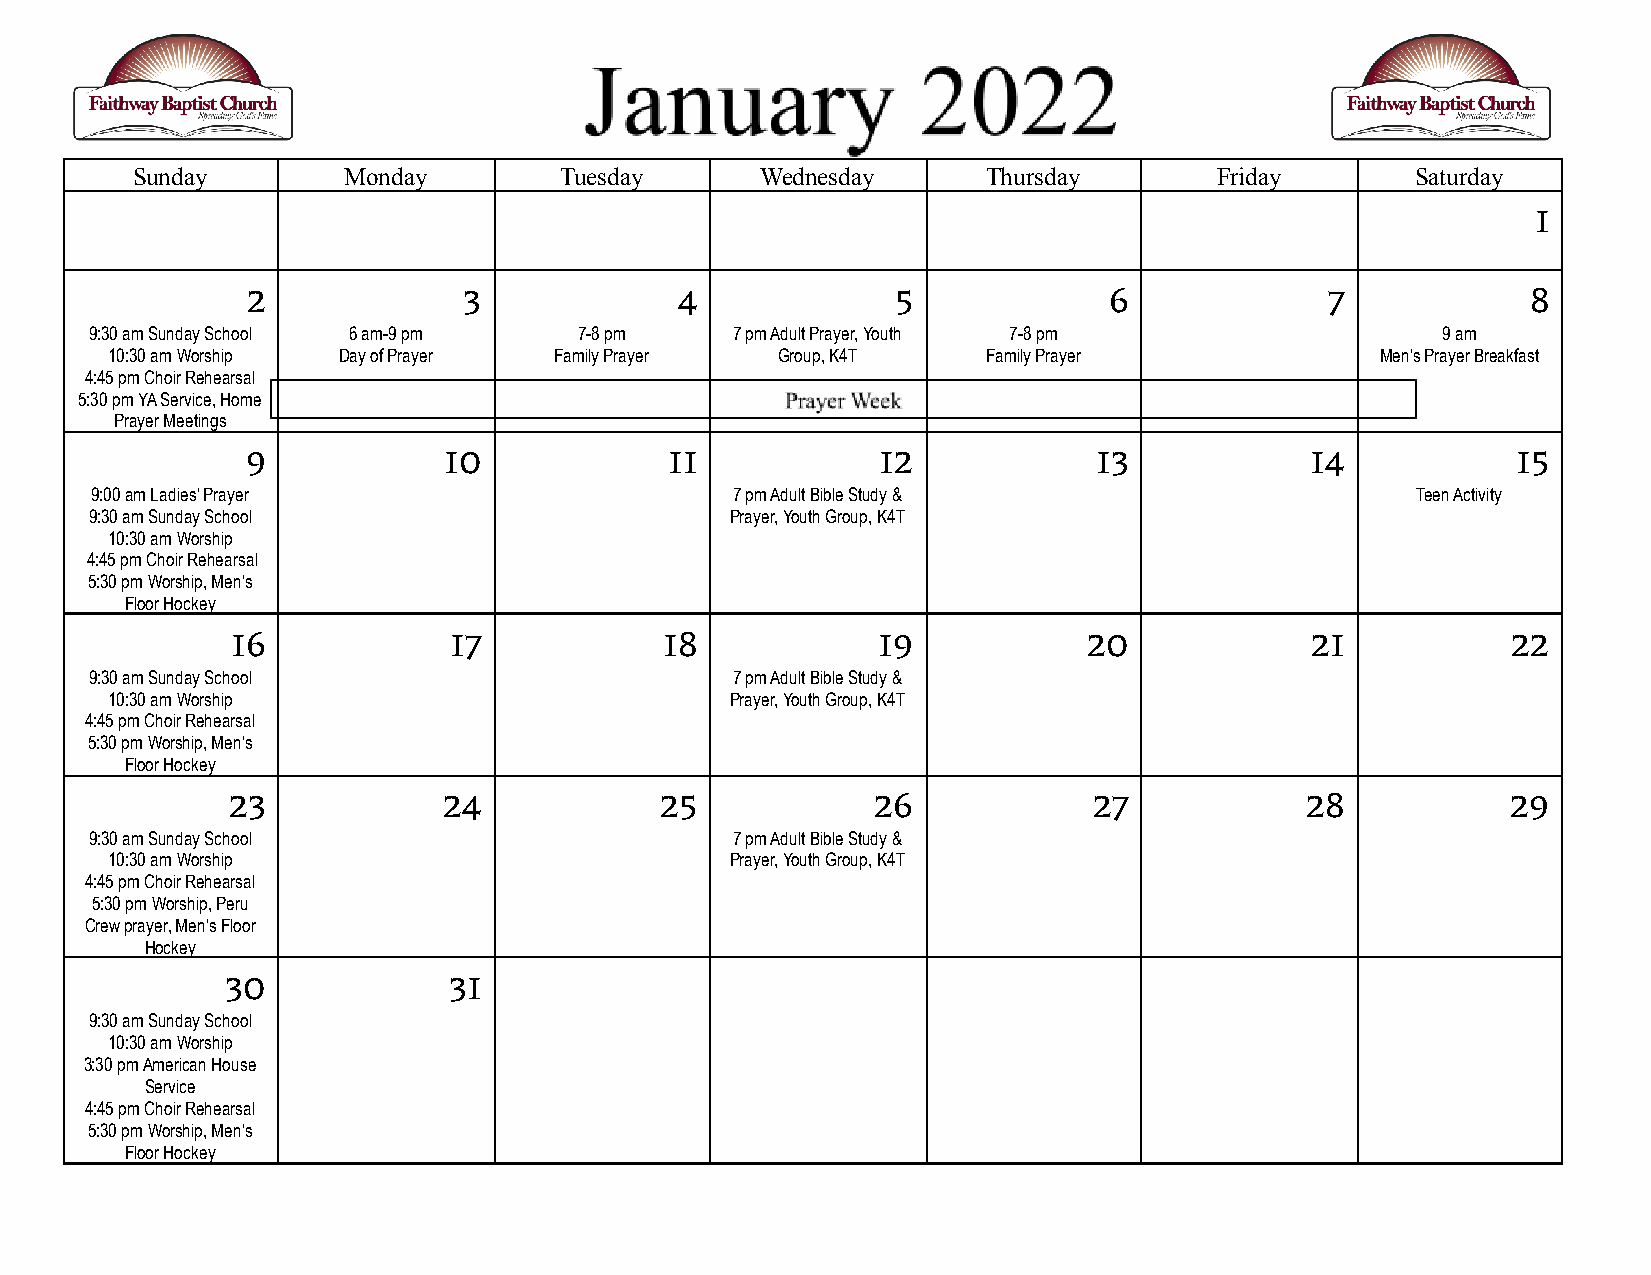
Sunday        Monday        Tuesday      Wednesday      Thursday       Friday        Saturday
 1
 2              3             4             5             6              7            8
 9:30 am Sunday School 6 am-9 pm 7-8 pm    7 pm Adult Prayer, Youth 7-8 pm                9 am
 10:30 am Worship Day of Prayer Family Prayer Group, K4T   Family Prayer             Men’s Prayer Breakfast
 4:45 pm Choir Rehearsal
 5:30 pm YA Service, Home
 Prayer Meetings
 9            10             11            12             13            14           15
 9:00 am Ladies’ Prayer                    7 pm Adult Bible Study &                      Teen Activity
 9:30 am Sunday School                     Prayer, Youth Group, K4T
 10:30 am Worship
 4:45 pm Choir Rehearsal
 5:30 pm Worship, Men's
 Floor Hockey
 16             17            18            19            20             21           22
 9:30 am Sunday School                     7 pm Adult Bible Study &
 10:30 am Worship                         Prayer, Youth Group, K4T
 4:45 pm Choir Rehearsal
 5:30 pm Worship, Men’s
 Floor Hockey
 23            24             25            26            27            28            29
 9:30 am Sunday School                     7 pm Adult Bible Study &
 10:30 am Worship                         Prayer, Youth Group, K4T
 4:45 pm Choir Rehearsal
 5:30 pm Worship, Peru
 Crew prayer, Men’s Floor
 Hockey
 30             31
 9:30 am Sunday School
 10:30 am Worship
 3:30 pm American House
 Service
 4:45 pm Choir Rehearsal
 5:30 pm Worship, Men’s
 Floor Hockey